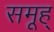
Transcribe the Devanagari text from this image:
समूह्